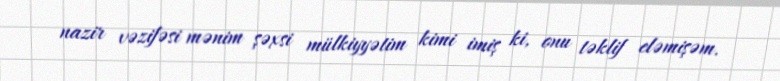
nazir vəzifəsi mənim şəxsi mülkiyyətim kimi imiş ki, onu təklif eləmişəm.